Plague in India, 1896, 1897 - Volume 2
Year: 1896
Disease focus: Plague
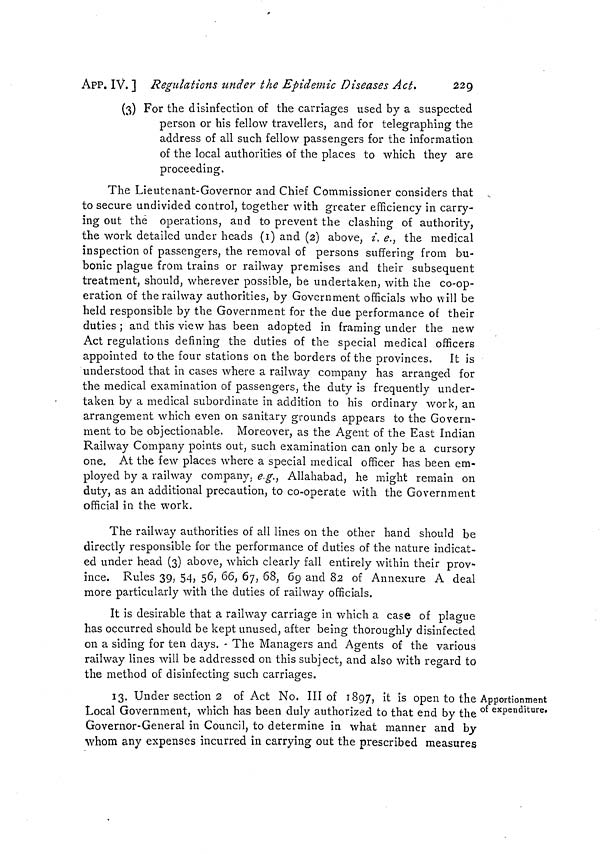
229
APP. IV. ] Regulations under the Epidemic Diseases Act.
(3) For the disinfection of the carriages used by a suspected
person or his fellow travellers, and for telegraphing the
address of all such fellow passengers for the information
of the local authorities of the places to which they are
proceeding.
The Lieutenant-Governor and Chief Commissioner considers that
to secure undivided control; together with greater efficiency in carry-
ing out the operations, and to prevent the clashing of authority,
the work detailed under heads (1) and (2) above, i, e., the medical
inspection of passengers, the removal of persons suffering from bu-
bonic plague from trains or railway premises and their subsequent
treatment, should, wherever possible, be undertaken, with the co-op-
eration of the railway authorities, by Government officials who will be
held responsible by the Government for the due performance of their
duties ; and this view has been adopted in framing under the new
Act regulations defining the duties of the special medical officers
appointed to the four stations on the borders of the provinces. It is
understood that in cases where a railway company has arranged for
the medical examination of passengers, the duty is frequently under-
taken by a medical subordinate in addition to his ordinary work, an
arrangement which even on sanitary grounds appears to the Govern-
ment to be objectionable. Moreover, as the Agent of the East Indian
Railway Company points out, such examination can only be a cursory
one. At the few places where a special medical officer has been em-
ployed by a railway company, e.g., Allahabad, he might remain on
duty, as an additional precaution, to co-operate with the Government
official in the work.
The railway authorities of all lines on the other hand should be
directly responsible for the performance of duties of the nature indicat-
ed under head (3) above, which clearly fall entirely within their prov-
ince. Rules 39, 54, 56, 66, 67, 68, 69 and 82 of Annexure A deal
more particularly with the duties of railway officials.
It is desirable that a railway carriage in which a case of plague
has occurred should be kept unused, after being thoroughly disinfected
on a siding for ten days. - The Managers and Agents of the various
railway lines will be addressed on this subject, and also with regard to
the method of disinfecting such carriages.
Apportionment
of expenditure.
13. Under section 2 of Act No. III of 1897, it is open to the
Local Government, which has been duly authorized to that end by the
Governor-General in Council, to determine in what manner and by
whom any expenses incurred in carrying out the prescribed measures